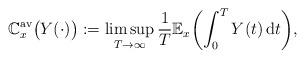
LaTeX: \begin{align*} \mathbb{C}_x^{\mathrm{av}}\bigl( Y(\cdot) \bigr):=\limsup_{T\to\infty} \frac{1}{T}\mathbb {E}_x\biggl(\int_0^T Y(t)\,\mathrm{d}t \biggr),\end{align*}